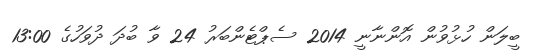
ބީލަން ހުޅުވުން އޮންނާނީ 2014 ސެޕްޓެންބަރު 24 ވާ ބުދަ ދުވަހުގެ 13:00